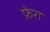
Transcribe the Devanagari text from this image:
फ़ेरा